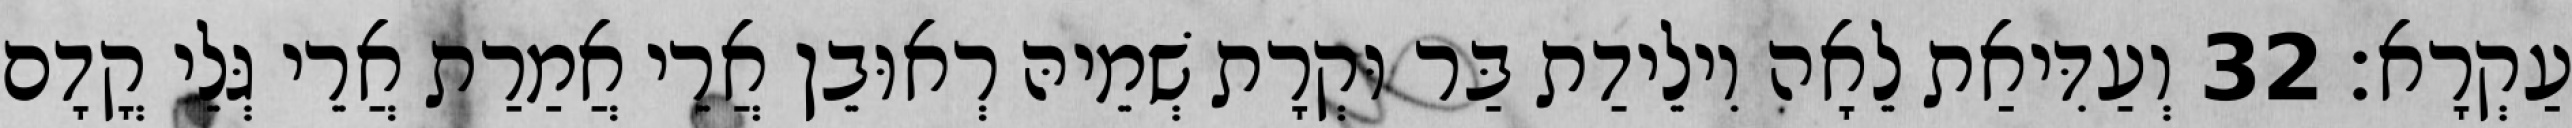
עַקְרָא׃ 32 וְעַדִּיאַת לֵאָה וִילֵידַת בַּר וּקְרָת שְׁמֵיהּ רְאוּבֵן אֲרֵי אֲמַרַת אֲרֵי גְּלֵי קֳדָם